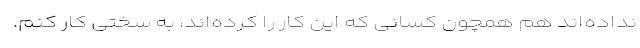
نداده‌اند هم همچون کسانی که این کار را کرده‌اند، به سختی کار کنم.